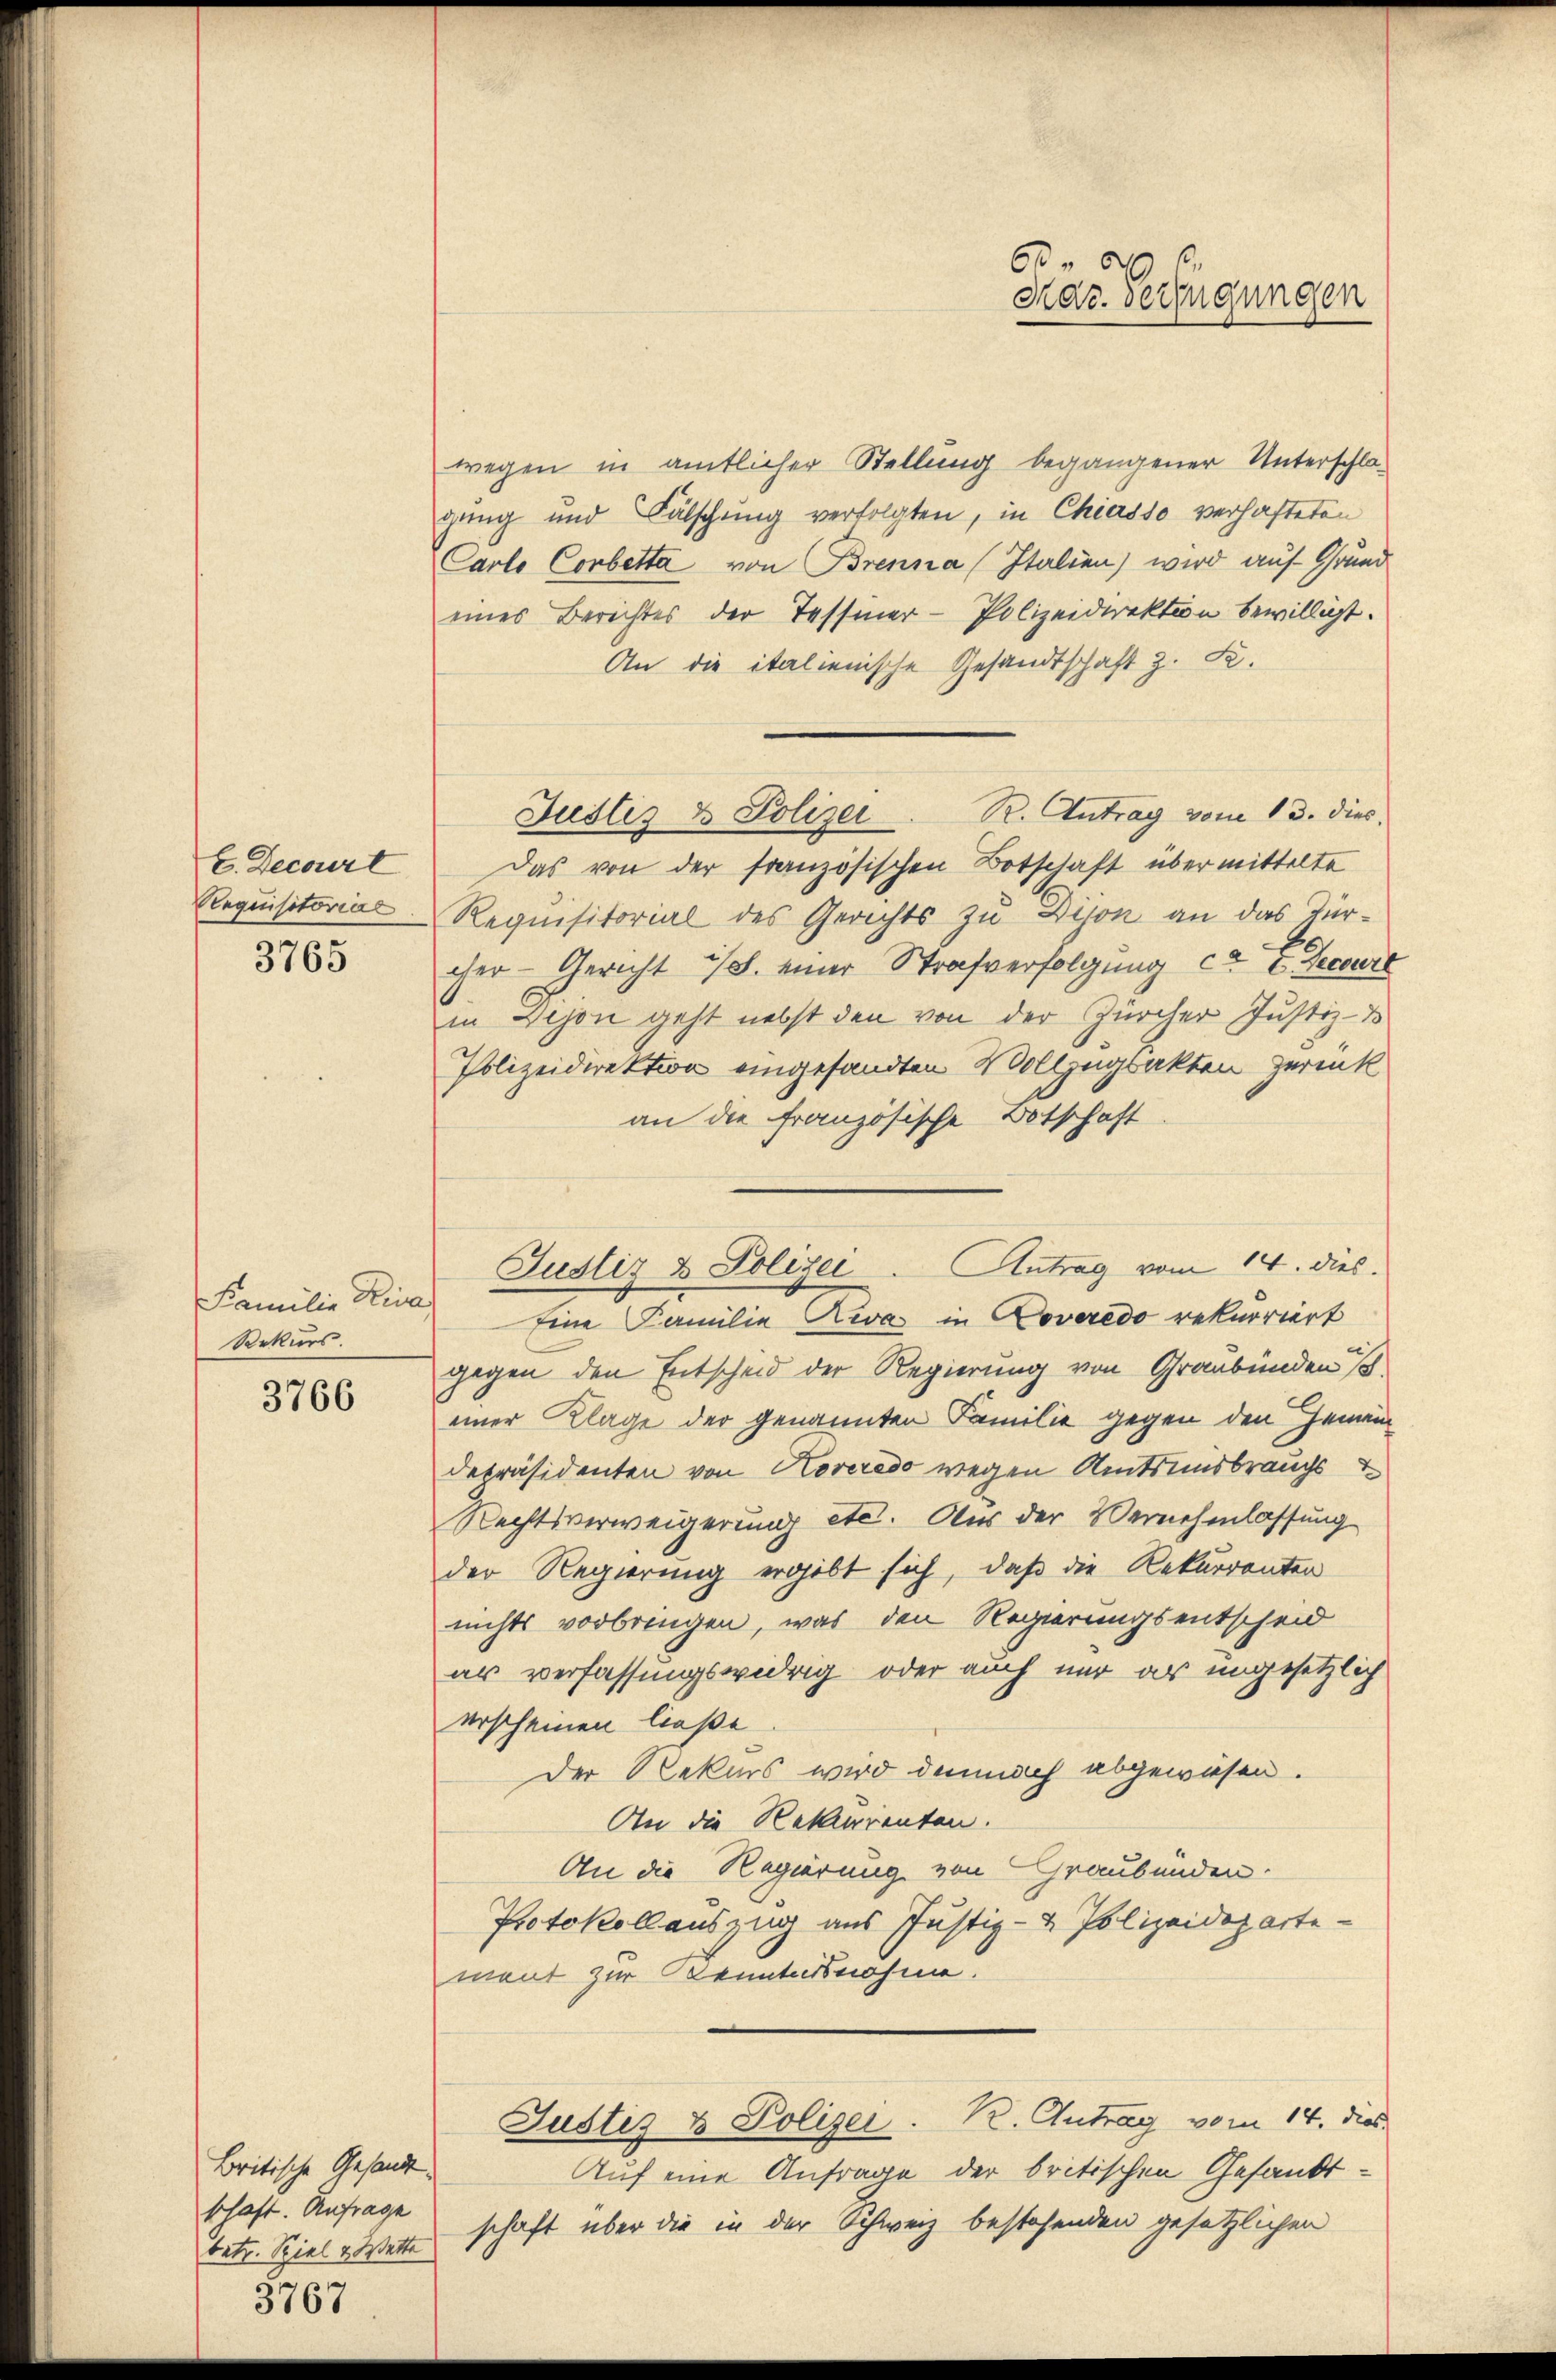
E. Decourt
Requisitorial

3765

Familie Fra
Rekurs.

3766

wegen in amtlicher Stellung begangener Unterschlagung und Fälschung verfolgten, in Chiasso verhafteten
Carlo Corbetta von Brenna (Italien) wird auf Grund
eines Berichtes der Tessiner - Polizeidirektion bewilligt.
An die italienische Gesandtschaft z. K.
Das von der französischen Botschaft übermittelte
Requisitorial des Gerichts zu Dison an das Türcher - Gericht ist. einer Strafverfolgung ca E Secre
in Dejon geht nebst den von der Zürcher Justiz-
Polizeidirektion eingesandten Vollzugsakten zurück
an die französische Botschaft
gegen den Entscheid der Regierung von Graubünden s
einer Klage der genannten Familie gegen den Gemeindepräsidenten von Koveredo wegen Amtsmisbrauchs
Rechtsverweigerung etc. Aus der Vernehmlassung
der Regierung ergibt sich, daß die Rekurrenten
nichts vorbringen, was den Regierungsentscheid
ar verfassungswidrig oder auch nur ar ungesetzlich
erscheinen ließe
Der Rekurs wird demnach abgewiesen.
An die Rekurrenten.
An die Regierung von Graubünden.
Protokollauszug aus Justiz- & Polizeidepartement zur Kenntnisnahme.
Justiz & Polizei. K. Antrag vom 14. dies
Auf eine Anfrage der britischen Gesandtschaft über die in der Schweiz bestehenden gesetzlichen

Britische Gesandt.
schaft. Anfrage
betr. Spiel & Wette

3767

Justiz & Polizei. R. Antrag vom 13. dies

Justiz & Polizei. Antrag vom 14. dies
Eine Familie Reva in Coveredo rekurriert

6
Mar. Verfügungen